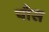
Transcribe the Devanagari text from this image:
पाँस